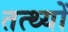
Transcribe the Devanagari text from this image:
तत्थ्यों